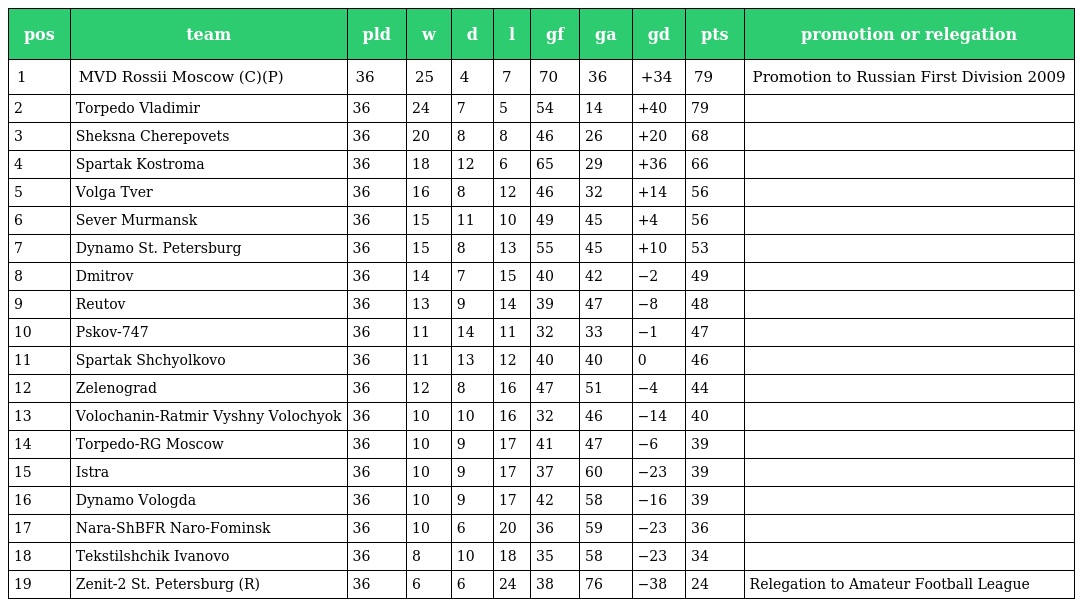
| pos | team | pld | w | d | l | gf | ga | gd | pts | promotion or relegation |
 | --- | --- | --- | --- | --- | --- | --- | --- | --- | --- | --- |
 | 1 | MVD Rossii Moscow (C)(P) | 36 | 25 | 4 | 7 | 70 | 36 | +34 | 79 | Promotion to Russian First Division 2009 |
 | 2 | Torpedo Vladimir | 36 | 24 | 7 | 5 | 54 | 14 | +40 | 79 |  |
 | 3 | Sheksna Cherepovets | 36 | 20 | 8 | 8 | 46 | 26 | +20 | 68 |  |
 | 4 | Spartak Kostroma | 36 | 18 | 12 | 6 | 65 | 29 | +36 | 66 |  |
 | 5 | Volga Tver | 36 | 16 | 8 | 12 | 46 | 32 | +14 | 56 |  |
 | 6 | Sever Murmansk | 36 | 15 | 11 | 10 | 49 | 45 | +4 | 56 |  |
 | 7 | Dynamo St. Petersburg | 36 | 15 | 8 | 13 | 55 | 45 | +10 | 53 |  |
 | 8 | Dmitrov | 36 | 14 | 7 | 15 | 40 | 42 | −2 | 49 |  |
 | 9 | Reutov | 36 | 13 | 9 | 14 | 39 | 47 | −8 | 48 |  |
 | 10 | Pskov-747 | 36 | 11 | 14 | 11 | 32 | 33 | −1 | 47 |  |
 | 11 | Spartak Shchyolkovo | 36 | 11 | 13 | 12 | 40 | 40 | 0 | 46 |  |
 | 12 | Zelenograd | 36 | 12 | 8 | 16 | 47 | 51 | −4 | 44 |  |
 | 13 | Volochanin-Ratmir Vyshny Volochyok | 36 | 10 | 10 | 16 | 32 | 46 | −14 | 40 |  |
 | 14 | Torpedo-RG Moscow | 36 | 10 | 9 | 17 | 41 | 47 | −6 | 39 |  |
 | 15 | Istra | 36 | 10 | 9 | 17 | 37 | 60 | −23 | 39 |  |
 | 16 | Dynamo Vologda | 36 | 10 | 9 | 17 | 42 | 58 | −16 | 39 |  |
 | 17 | Nara-ShBFR Naro-Fominsk | 36 | 10 | 6 | 20 | 36 | 59 | −23 | 36 |  |
 | 18 | Tekstilshchik Ivanovo | 36 | 8 | 10 | 18 | 35 | 58 | −23 | 34 |  |
 | 19 | Zenit-2 St. Petersburg (R) | 36 | 6 | 6 | 24 | 38 | 76 | −38 | 24 | Relegation to Amateur Football League |